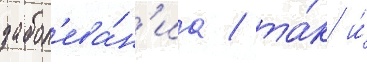
забол'ева́н'иа / та́к и́